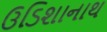
ઉડિશાનાથ